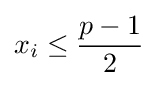
x_{i}\leq {\frac {p-1}{2}}